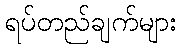
ရပ်တည်ချက်များ